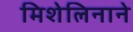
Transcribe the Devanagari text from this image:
मिशेलिनाने